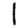
Digit: 1